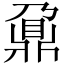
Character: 鼐